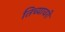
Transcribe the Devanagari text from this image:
तिच्यावरी